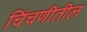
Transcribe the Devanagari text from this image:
चिंचणीतील